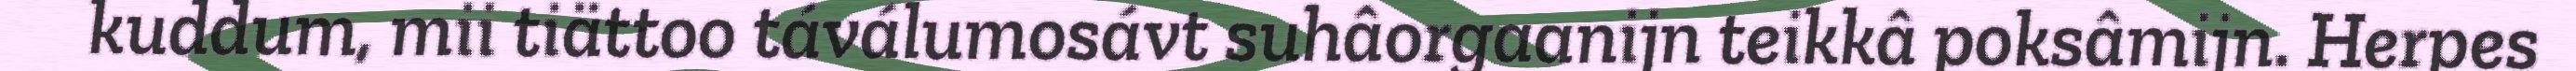
kuddum, mii tiättoo táválumosávt suhâorgaanijn teikkâ poksâmijn. Herpes